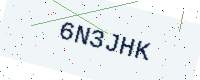
Text: 6N3JHK